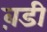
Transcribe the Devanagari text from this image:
ब़डी